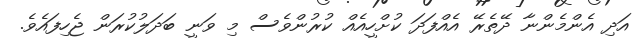
އަދި އެންމެންނާ ދޭތެރޭ އެއްފަދަ ކުށްހީއެއް ކުރުންވެސް މި ވަނީ ބަދަލުކުރަން ޖެހިފައެވެ.